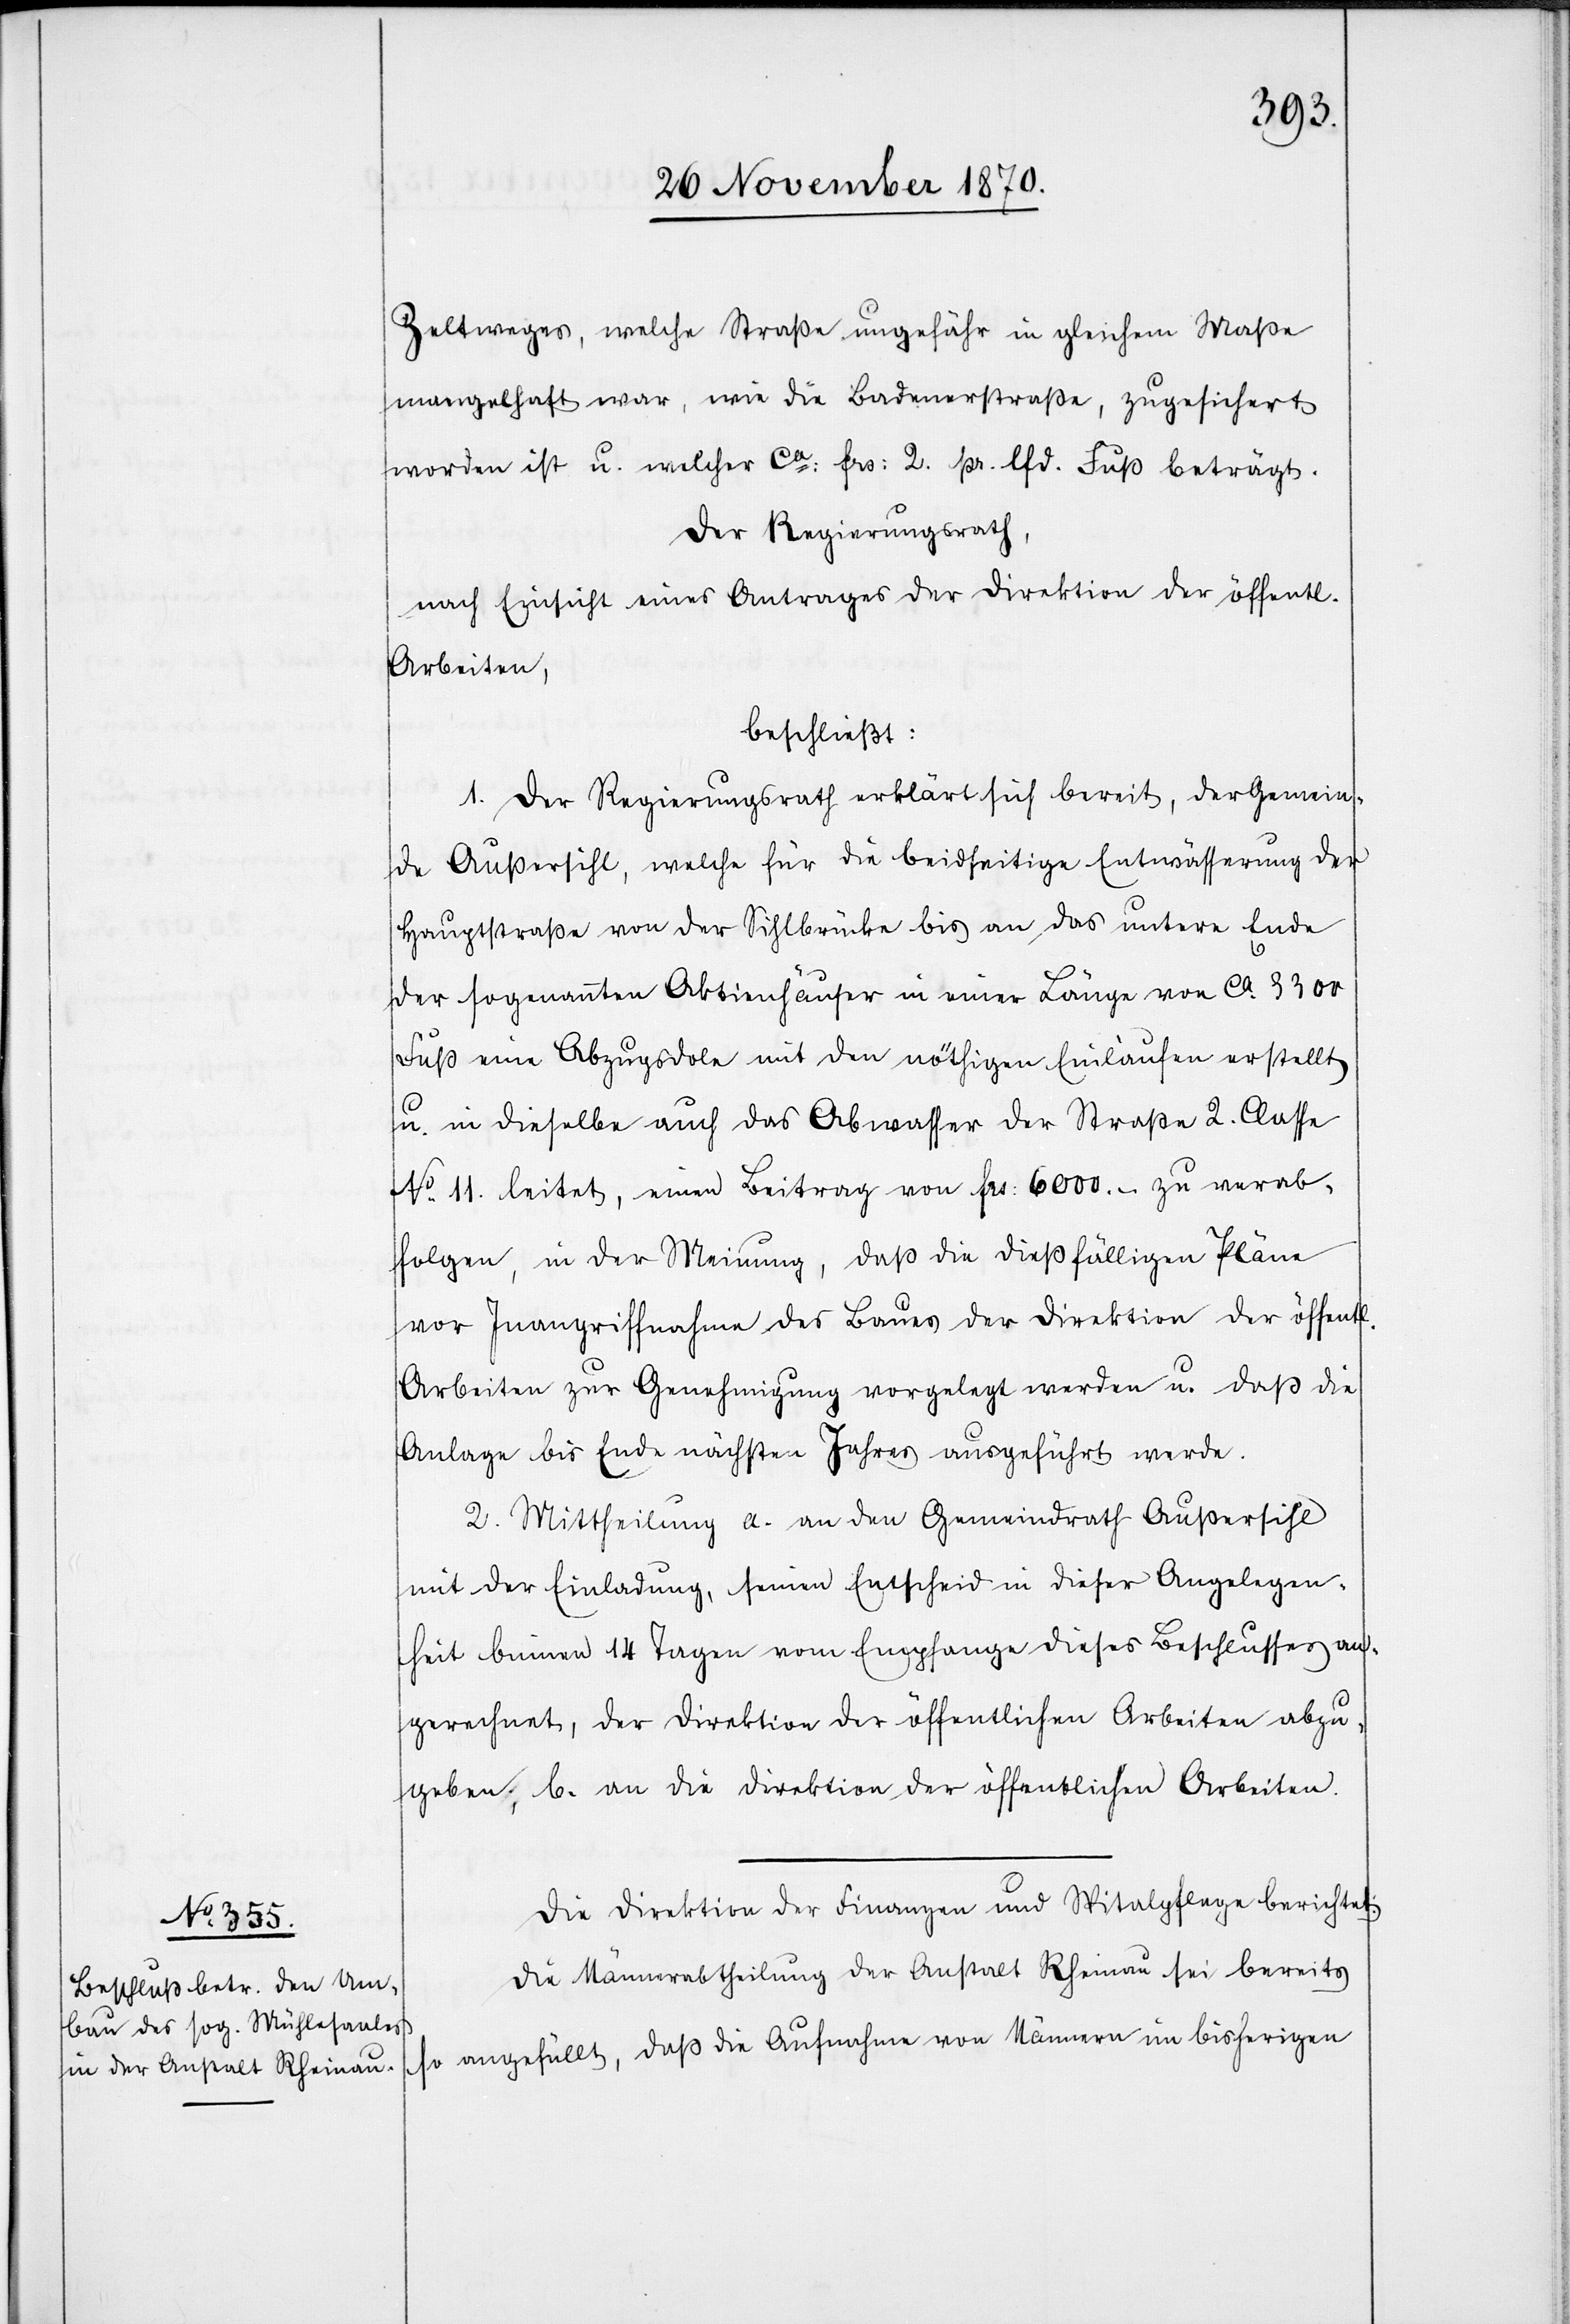
Zeltweges, welche Straße ungefähr in gleichem Maße
mangelhaft war, wie die Badenerstraße, zugesichert
worden ist u. welcher ca: Frs: 2. pr. lfd. Fuß beträgt.
Der Regierungsrath,
nach Einsicht eines Antrages der Direktion der öffentl.
Arbeiten,
beschließt:
1. Der Regierungsrath erklärt sich bereit, der Gemein¬
de Außersihl, welche für die beidseitige Entwässerung der
Hauptstraße von der Sihlbrücke bis an das untere Ende
der sogenannten Aktienhäuser in einer Länge von ca. 3300
Fuß eine Abzugsdole mit den nöthigen Einläufen erstellt
u. dieselbe auch das Abwasser der Straße 2. Classe
No. 11. leitet, einen Beitrag von Frs: 6000.- zu verab¬
folgen, in der Meinung, daß die dießfälligen Pläne
vor Inangriffnahme des Baues der Direktion der öffentl.
Arbeiten zur Genehmigung vorgelegt werden u. daß die
Anlage bis Ende nächsten Jahres ausgeführt werde.
2. Mittheilung a. an den Gemeindrath Außersihl
mit der Einladung, seinen Entscheid in dieser Angelegen¬
heit binnen 14 Tagen vom Empfange dieses Beschlusses an
gerechnet, der Direktion der öffentlichen Arbeiten abzu¬
geben; b. an die Direktion der öffentlichen Arbeiten.
Die Direktion der Finanzen und Spitalpflege berichtet:
Die Männerabtheilung der Anstalt Rheinau sei bereits
so angefüllt, daß die Aufnahme von Männern im bisherigen